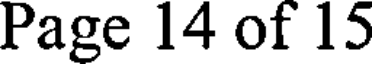
Page 14 of 15